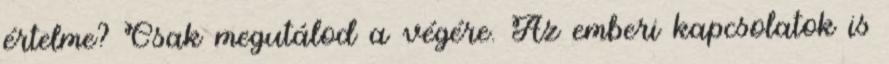
értelme? Csak megutálod a végére. Az emberi kapcsolatok is